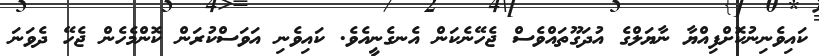
ކައިވެނިނުކޮށްފިއްޔާ ނާޔަލްގެ އުދަގޫތައްވެސް ޖެހޭނެކަން އެނގެނީއެވެ. ކައިވެނި އަވަސްކުރަން ކޮންމެހެން ޖެހޭ ދެވަނަ